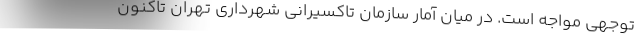
توجهي مواجه است. در ميان آمار سازمان تاكسيراني شهرداري تهران تاكنون